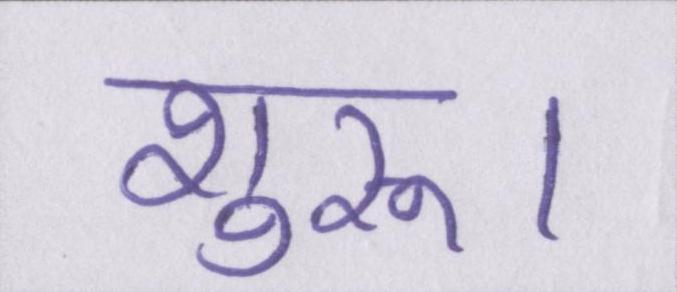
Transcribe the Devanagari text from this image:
शुरू।